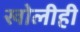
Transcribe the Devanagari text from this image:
खोलीही